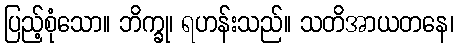
ပြည့်စုံသော။ ဘိက္ခု၊ ရဟန်းသည်။ သတိအာယတနေ၊